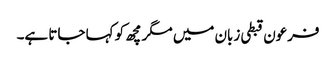
فرعون قبطی زبان میں مگرمچھ کو کہا جاتا ہے۔